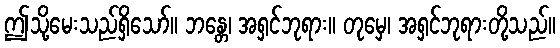
ဤသို့မေးသည်ရှိသော်။ ဘန္တေ၊ အရှင်ဘုရား။ တုမှေ၊ အရှင်ဘုရားတို့သည်။